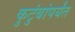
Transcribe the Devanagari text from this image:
कुटुंबांपर्यंत